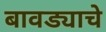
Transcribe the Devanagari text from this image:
बावड्याचे